Investigations into the jail dietaries of the United Provinces with some observations on the influence of dietary on the physical development and well-being of the people of the United Provinces - Number 48
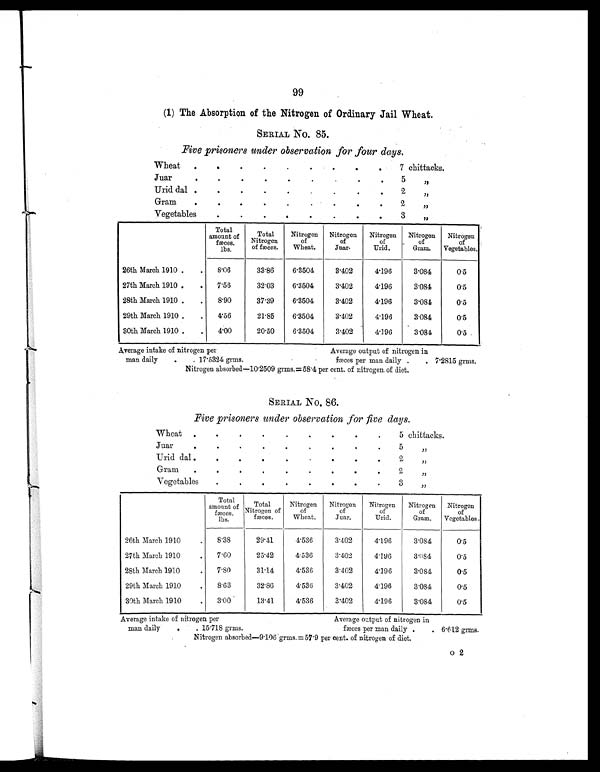
99
(1) The Absorption of the Nitrogen of Ordinary Jail Wheat.
SERIAL NO. 85.
Five prisoners under observation for four days.
Wheat
.
.
.
.
.
.
.
.
.
7 chittacks.
Juar
.
.
.
.
.
.
.
.
.
5
„
Urid dal .
.
.
.
.
.
.
.
.
2
„
Gram
.
. .
.
.
.
.
.
.
2 „
Vegetables
.
.
.
. .
.
.
. 3 „
Total
amount of
fæces.
lbs.
Total
Nitrogen
of fæces.
Nitrogen
of
Wheat.
Nitrogen
of
Juar.
Nitrogen
of
Urid.
Nitrogen
of
Gram.
Nitrogen
of
Vegetables.
26th March 1910 .
.
8.06
33.86
6.3504
3.402
4.196
3.084
0.5
27th March 1910 .
.
7.56
32.03
6.3504
3.402
4.196
3.084
0.5
28th March 1910 .
.
8.90
37.39
6.3504
3.402
4.196
3.084
0.5
29th March 1910 .
.
4.56
21.85
6.3504
3.402
4.196
3.084
0.5
30th March 1910 .
.
4.00
20.50
6.3504
3.402
4.196
3.084
0.5
Average intake of nitrogen per
Average output of nitrogen in
man daily
.
. 17.5324 grms.
fæces per man daily .
. 7.2815 grms.
Nitrogen absorbed—10.2509 grms.=58.4 per cent. of nitrogen of diet.
SERIAL No. 86.
Five prisoners under observation for five days.
Wheat
.
.
.
.
.
.
.
.
.
5 chittacks.
Juar
.
.
.
.
.
.
.
.
.
5
„
Urid dal
. .
.
.
.
.
.
.
.
2
„
Gram
.
.
.
.
.
.
.
.
.
2
„
Vegetables
.
.
.
.
.
.
.
.
3
„
Total
amount of
fæces.
lbs.
Total
Nitrogen of
fæces.
Nitrogen
of
Wheat.
Nitrogen
of
Juar.
Nitrogen
of
Urid.
Nitrogen
of
Gram.
Nitrogen
of
Vegetables
26th March 1910
.
8.38
29.41
4.536
3.402
4.196
3.084
0.5
27th March 1910
.
7.60
25.42
4.536
3.402
4.196
3.084
0.5
28th March 1910
.
7.80
31.14
4.536
3.402
4.196
3.084
0.5
29th March 1910
.
8.63
32.86
4.536
3.402
4.196
3.084
0.5
30th March 1910
.
3.00
13.41
4.536
3.402
4.196
3.084
0.5
Average intake of nitrogen per
Average output of nitrogen in
man daily
.
. 15.718 grms.
fæces per man daily .
. 6.612 grms.
Nitrogen absorbed—9.106 grms.=57.9 per cent. of nitrogen of diet.
O 2